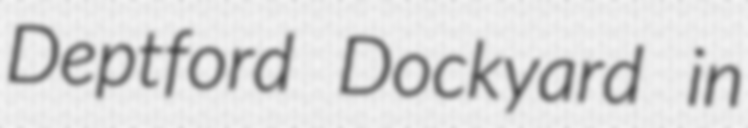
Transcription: Deptford Dockyard in